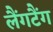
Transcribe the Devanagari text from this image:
लैंगटैंग